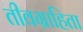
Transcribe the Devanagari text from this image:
तीवग्राहिता